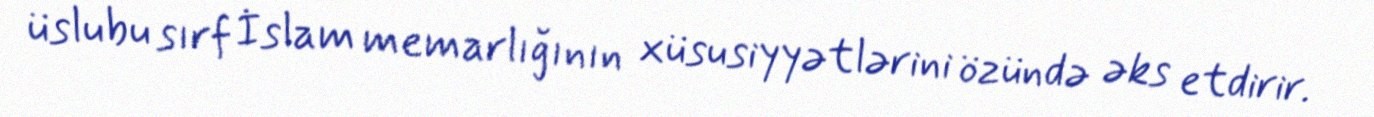
üslubu sırf İslam memarlığının xüsusiyyətlərini özündə əks etdirir.